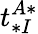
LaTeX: t_{*I}^{A*}